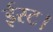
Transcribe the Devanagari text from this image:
ईस्ट।